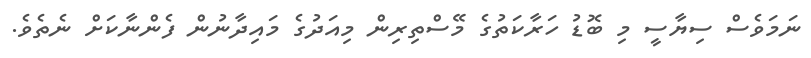
ނަމަވެސް ސިޔާސީ މި ބޮޑު ހަރާކަތުގެ މޭސްތިރިން މިއަދުގެ މައިދާނުން ފެންނާކަށް ނެތެވެ.